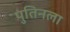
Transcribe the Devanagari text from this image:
पुतिनला